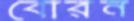
বোরন